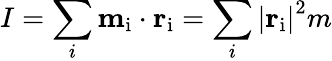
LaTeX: I=\sum_{i}\mathbf{m}_{\mathrm{i}}\cdot\mathbf{r}_{\mathrm{i}}=\sum_{i}\left|\mathbf{r}_{\mathrm{i}}\right|^{2}m